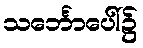
သင်္ဘောပေါ်၌